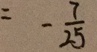
= - \frac { 7 } { 2 5 }